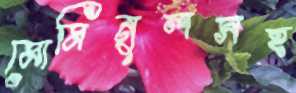
মোমিনুলসহ